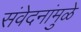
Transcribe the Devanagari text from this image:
संवेदनांमुळे